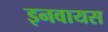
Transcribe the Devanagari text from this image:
इनवायस